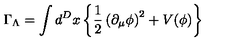
\Gamma _ { \Lambda } = \int d ^ { D } x \left\{ \frac { 1 } { 2 } \left( \partial _ { \mu } \phi \right) ^ { 2 } + V ( \phi ) \right\}